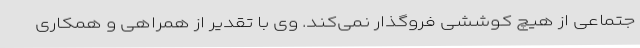
جتماعی از هیچ کوششی فروگذار نمی‌کند. وی با تقدیر از همراهی و همکاری